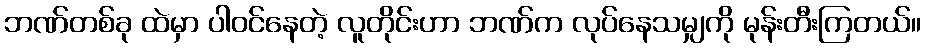
ဘဏ်တစ်ခု ထဲမှာ ပါဝင်နေတဲ့ လူတိုင်းဟာ ဘဏ်က လုပ်နေသမျှကို မုန်းတီးကြတယ်။